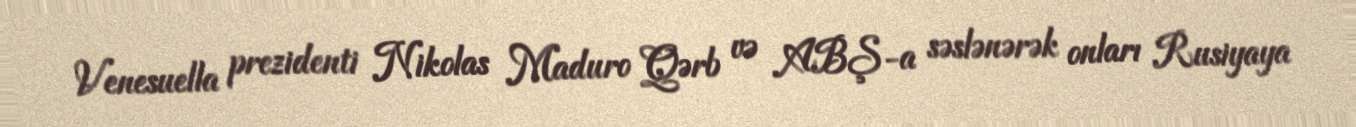
Venesuella prezidenti Nikolas Maduro Qərb və ABŞ-a səslənərək onları Rusiyaya